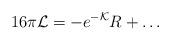
LaTeX: \begin{align*}16 \pi {\cal L} = - e^{-{\cal K}} R +\dots\end{align*}